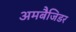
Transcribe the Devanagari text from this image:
अमबैजिडर